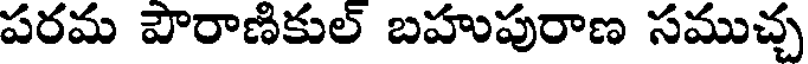
పరమ పౌరాణికుల్ బహుపురాణ సముచ్చ